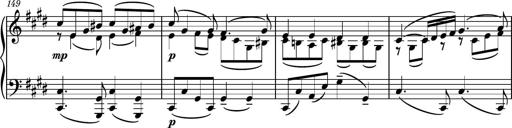
Title: Piano Sonatina No.6
Composer: Dimitri Sykias
Key: A major